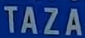
TAZA